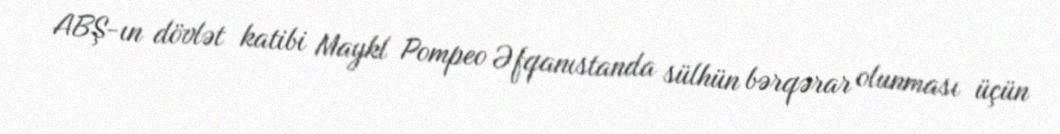
ABŞ-ın dövlət katibi Maykl Pompeo Əfqanıstanda sülhün bərqərar olunması üçün